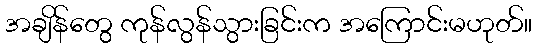
အချိန်တွေ ကုန်လွန်သွားခြင်းက အကြောင်းမဟုတ်။